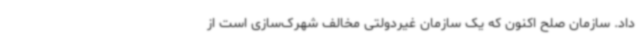
داد. سازمان صلح اکنون که یک سازمان غیردولتی مخالف شهرک‌سازی است از